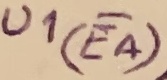
Text: U1(EA)